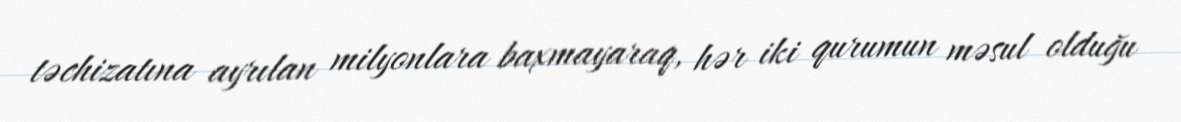
təchizatına ayrılan milyonlara baxmayaraq, hər iki qurumun məsul olduğu